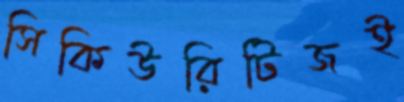
সিকিউরিটিজই